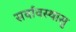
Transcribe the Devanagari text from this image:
सर्वावस्थासु